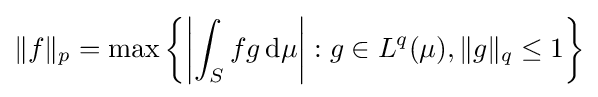
\|f\|_{p}=\max \left\{\left|\int _{S}fg\,\mathrm {d} \mu \right|:g\in L^{q}(\mu ),\|g\|_{q}\leq 1\right\}